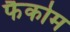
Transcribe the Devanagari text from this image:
फैकोम